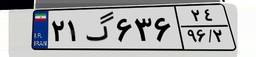
۲۱گ۶۳۶۲۴